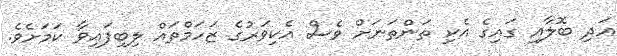
އަދި ބޮލާއި ގައިގެ އެކި ތަންތަނަށް ވެސް އެކިވަރުގެ ޒަހަމްތައް ލިބިފައިވާ ކަމަށެވެ.